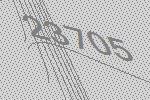
23705